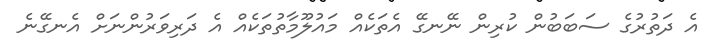
އެ ދަތުރުގެ ސަބަބުން ކުރިން ނޭނގޭ އެތަކެއް މައުލޫމާތުތަކެއް އެ ދަރިވަރުންނަށް އެނގޭނެ